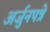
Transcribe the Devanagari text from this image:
अर्जुनपत्रे